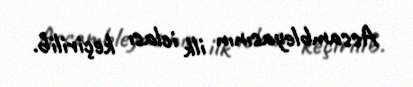
Assambleyasının ilk iclası keçirilib.